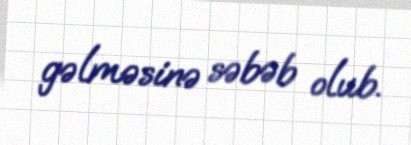
gəlməsinə səbəb olub.